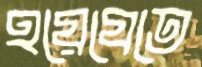
হয়েযেতে